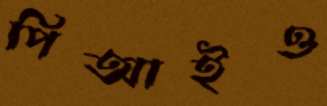
পিআইও